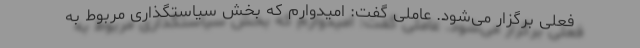
فعلی برگزار می‌شود. عاملی گفت: امیدوارم که بخش سیاستگذاری مربوط به